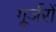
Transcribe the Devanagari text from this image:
गूर्जरों